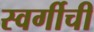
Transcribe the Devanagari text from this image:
स्वर्गीची